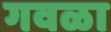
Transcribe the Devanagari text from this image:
गवळा